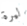
ليرة